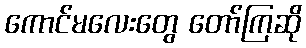
ကောင်မလေးတွေ တော်ကြဆို